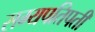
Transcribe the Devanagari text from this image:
सम्यपतिपती